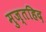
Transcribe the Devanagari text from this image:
मुज्तहिद